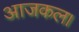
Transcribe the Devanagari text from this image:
आजकल।